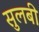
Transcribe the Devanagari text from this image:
सुलबी